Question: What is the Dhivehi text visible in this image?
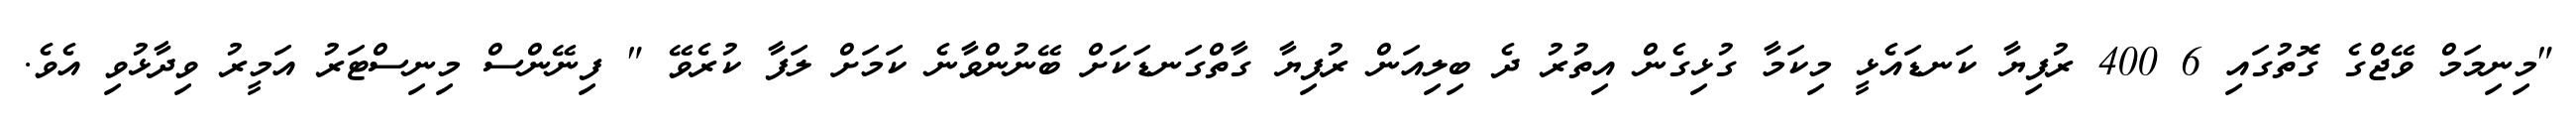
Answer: "މިނިމަމް ވޭޖްގެ ގޮތުގައި 6 400 ރުފިޔާ ކަނޑައެޅީ މިކަމާ ގުޅިގެން އިތުރު ދެ ބިލިއަން ރުފިޔާ ގާތްގަނޑަކަށް ބޭނުންވާނެ ކަމަށް ލަފާ ކުރެވޭ " ފިނޭންސް މިނިސްޓަރު އަމީރު ވިދާޅުވި އެވެ.